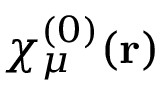
\chi _ { \mu } ^ { ( 0 ) } ( \mathbf { r } )